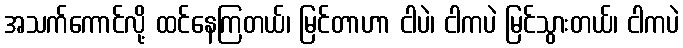
အသက်ကောင်လို့ ထင်နေကြတယ်၊ မြင်တာဟာ ငါပဲ၊ ငါကပဲ မြင်သွားတယ်၊ ငါကပဲ